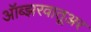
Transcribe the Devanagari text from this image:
ऑब्झरवातूअर